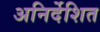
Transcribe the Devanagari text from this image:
अनिर्देशित